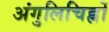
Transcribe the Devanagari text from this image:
अंगुलिचिह्नों